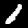
Digit: 1